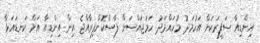
އިންޑިއާ ސަފީރަކަށް އަހުމަދު މުހައްމަދު ހަމަޖައްސަން ފާސްކޮށްފިރާއްޖެ އިން އިންޑިއާ އަށް ކަނޑައަޅާ